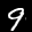
Label: 9